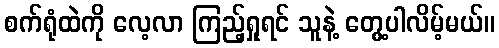
စက်ရုံထဲကို လေ့လာ ကြည့်ရှုရင် သူနဲ့ တွေ့ပါလိမ့်မယ်။